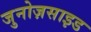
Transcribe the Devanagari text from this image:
जुनोज़साइड